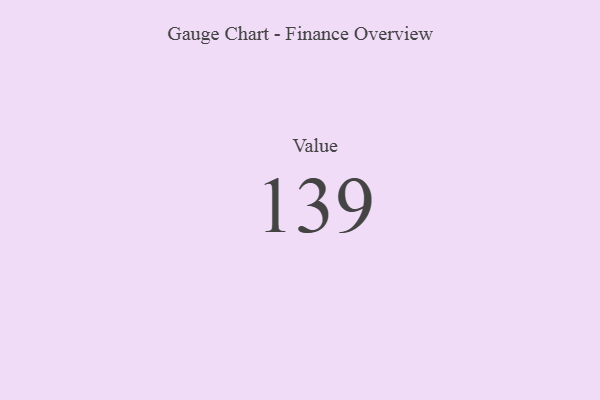
{"axis": {"x": "Metric", "y": "Value"}, "legend": [""], "data": [{"x": "Value", "y": 139, "type": ""}]}